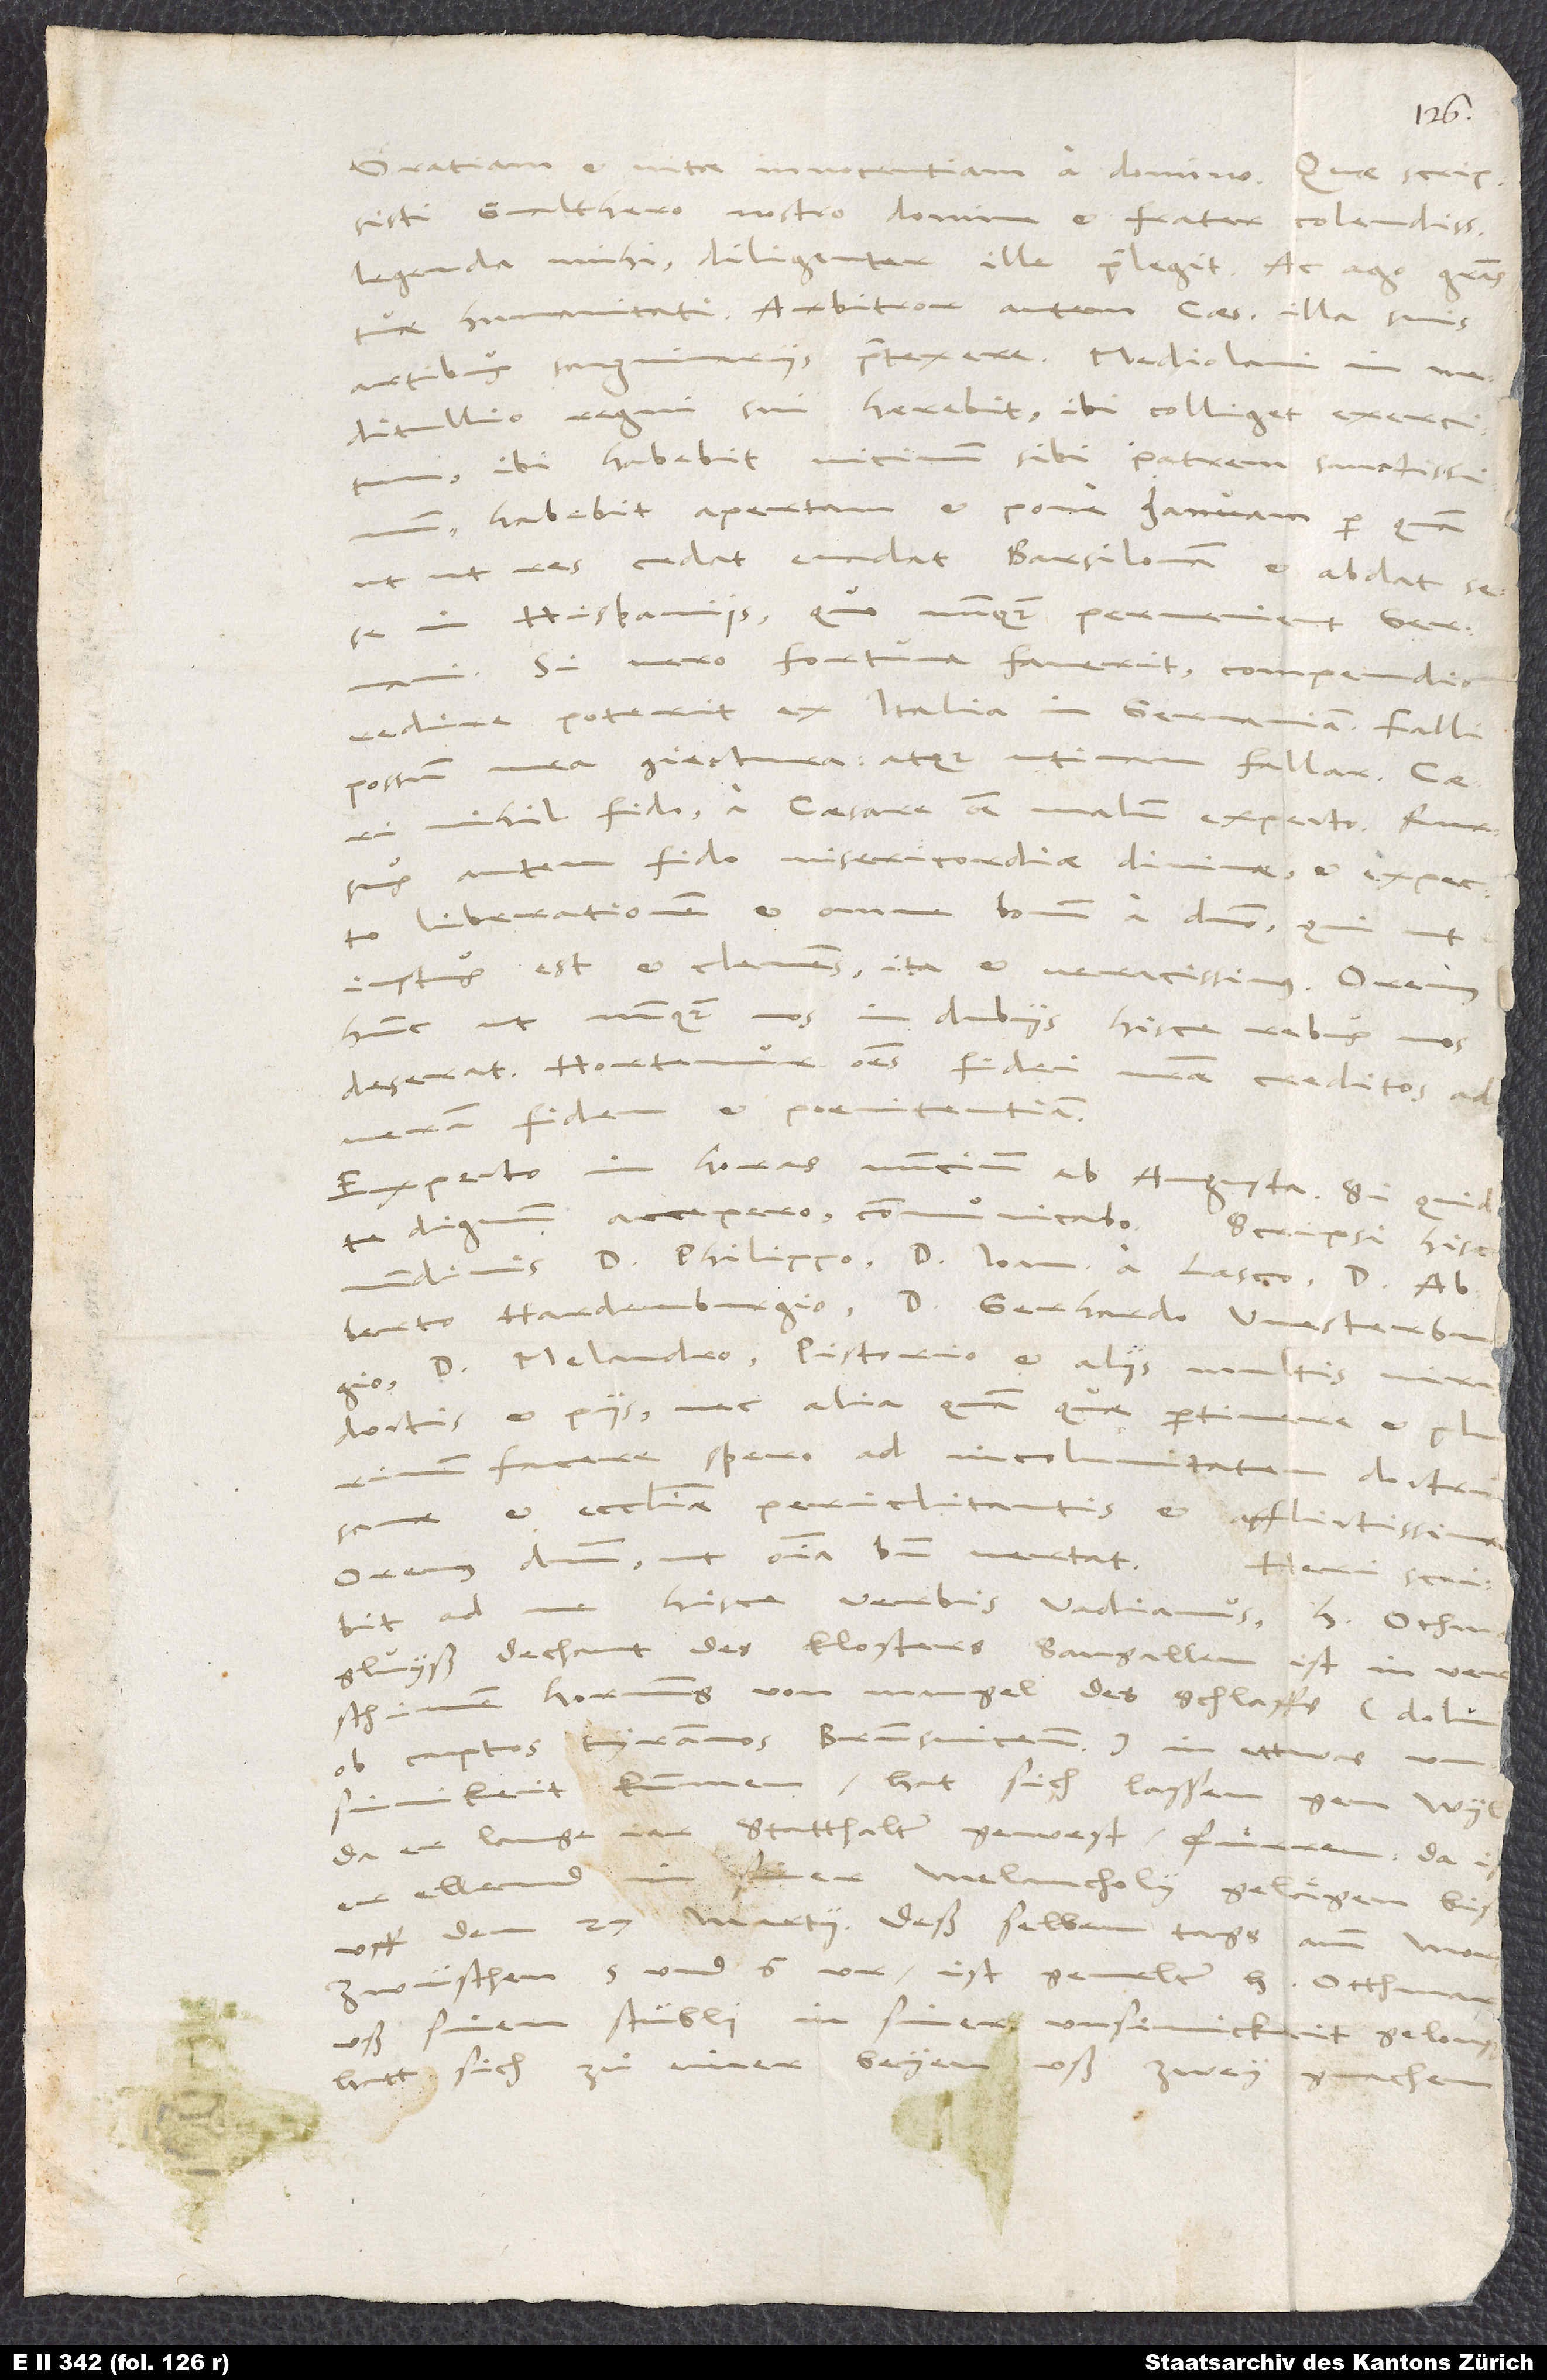
1546.
Gratiam et vitae innocentiam a domino. Quae scripsisti
Gvalthero nostro, domine et frater colendissime,
legenda mihi, diligenter ille praelegit; ac ago gratias
tuae humanitati. Arbitror autem caesarem illa suis
artibus sanguinariis praetexere. Mediolani in
meditullio regni sui haerebit. Ibi colliget exercitum.
Ibi habebit vicinum sibi patrem sanctissimum;
habebit apertam et pone ianuam, per quam,
utut res cedat, evadat Barsilonam et abdat sese
in Hispaniis, quo nunquam pervenient Germani.
Si vero fortuna faverit, compendio
redire poterit ex Italia in Germaniam. Falli
possum mea coniectura; atque utinam fallar! Caesari
nihil fido! A caesare omne malum expecto!
autem fido misericordiae divinae et expecto
liberationem et omne bonum a domino, qui, ut
iustus est et clemens, ita et veracissimus. Oremus
hunc, ut nunquam nos in dubiis hisce rebus
deserat! Hortemur omnes fidei nostrae creditos ad
veram fidem et poenitentiam!
Expecto in horas nuncium ab Augusta. Si quid
te dignum accepero, communicabo. Scripsi hisc
sanae et ecclesiae periclitantis et afflictissimae.
Oremus dominum, ut omnia bene vertat!
ob captos tyrannos Brunsvicenses) in ettwas
unsinikeit kummen. Hat sich lassen gen Wyl,
da er lange jar statthalter gewest, fuͤrren.
zwüschen 5 und 6 ur, ist gemelter herr Otthmar
uß sinem stübli in siner unsinickeit geloufen.
Hatt sich zuͦ einer beyen uß, zwey gmachen